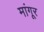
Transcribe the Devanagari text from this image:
मांगूर